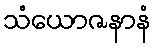
သံယောဇနာနံ